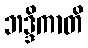
ဘဒ္ဒိကာတိ